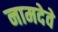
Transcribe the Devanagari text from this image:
नामदेवे